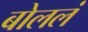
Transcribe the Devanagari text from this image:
बोललं